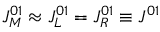
J _ { M } ^ { 0 1 } \approx J _ { L } ^ { 0 1 } = J _ { R } ^ { 0 1 } \equiv J ^ { 0 1 }